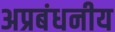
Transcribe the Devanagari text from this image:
अप्रबंधनीय